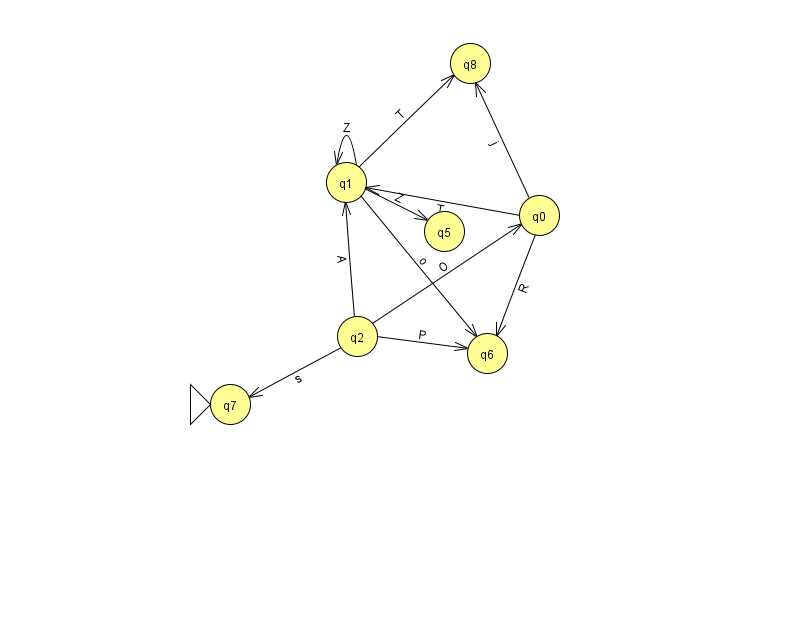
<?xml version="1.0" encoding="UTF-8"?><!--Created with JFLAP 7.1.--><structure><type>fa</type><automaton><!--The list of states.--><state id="0" name="q0"><x>539.0</x><y>202.0</y></state><state id="1" name="q1"><x>346.0</x><y>169.0</y></state><state id="2" name="q2"><x>357.0</x><y>323.0</y></state><state id="5" name="q5"><x>444.0</x><y>218.0</y></state><state id="6" name="q6"><x>487.0</x><y>340.0</y></state><state id="7" name="q7"><x>230.0</x><y>391.0</y><initial/></state><state id="8" name="q8"><x>470.0</x><y>50.0</y></state><!--The list of transitions.--><transition><from>2</from><to>0</to><read>O</read></transition><transition><from>0</from><to>1</to><read>T</read></transition><transition><from>1</from><to>8</to><read>T</read></transition><transition><from>1</from><to>6</to><read>o</read></transition><transition><from>2</from><to>6</to><read>P</read></transition><transition><from>2</from><to>7</to><read>s</read></transition><transition><from>1</from><to>5</to><read>Z</read></transition><transition><from>0</from><to>8</to><read>j</read></transition><transition><from>1</from><to>1</to><read>Z</read></transition><transition><from>0</from><to>6</to><read>R</read></transition><transition><from>2</from><to>1</to><read>A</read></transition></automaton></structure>